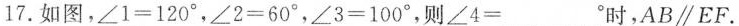
17.如图，$$∠ 1 = 1 2 0 °$$，$$∠ 2 = 6 0 °$$，$$∠ 3 = 1 0 0 °$$，则$$∠ 4 = ___$$时，AB∥EF.